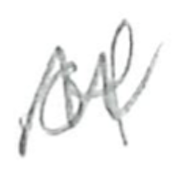
Text: of
Cross-out: zig-zag
Writing tool: pencil